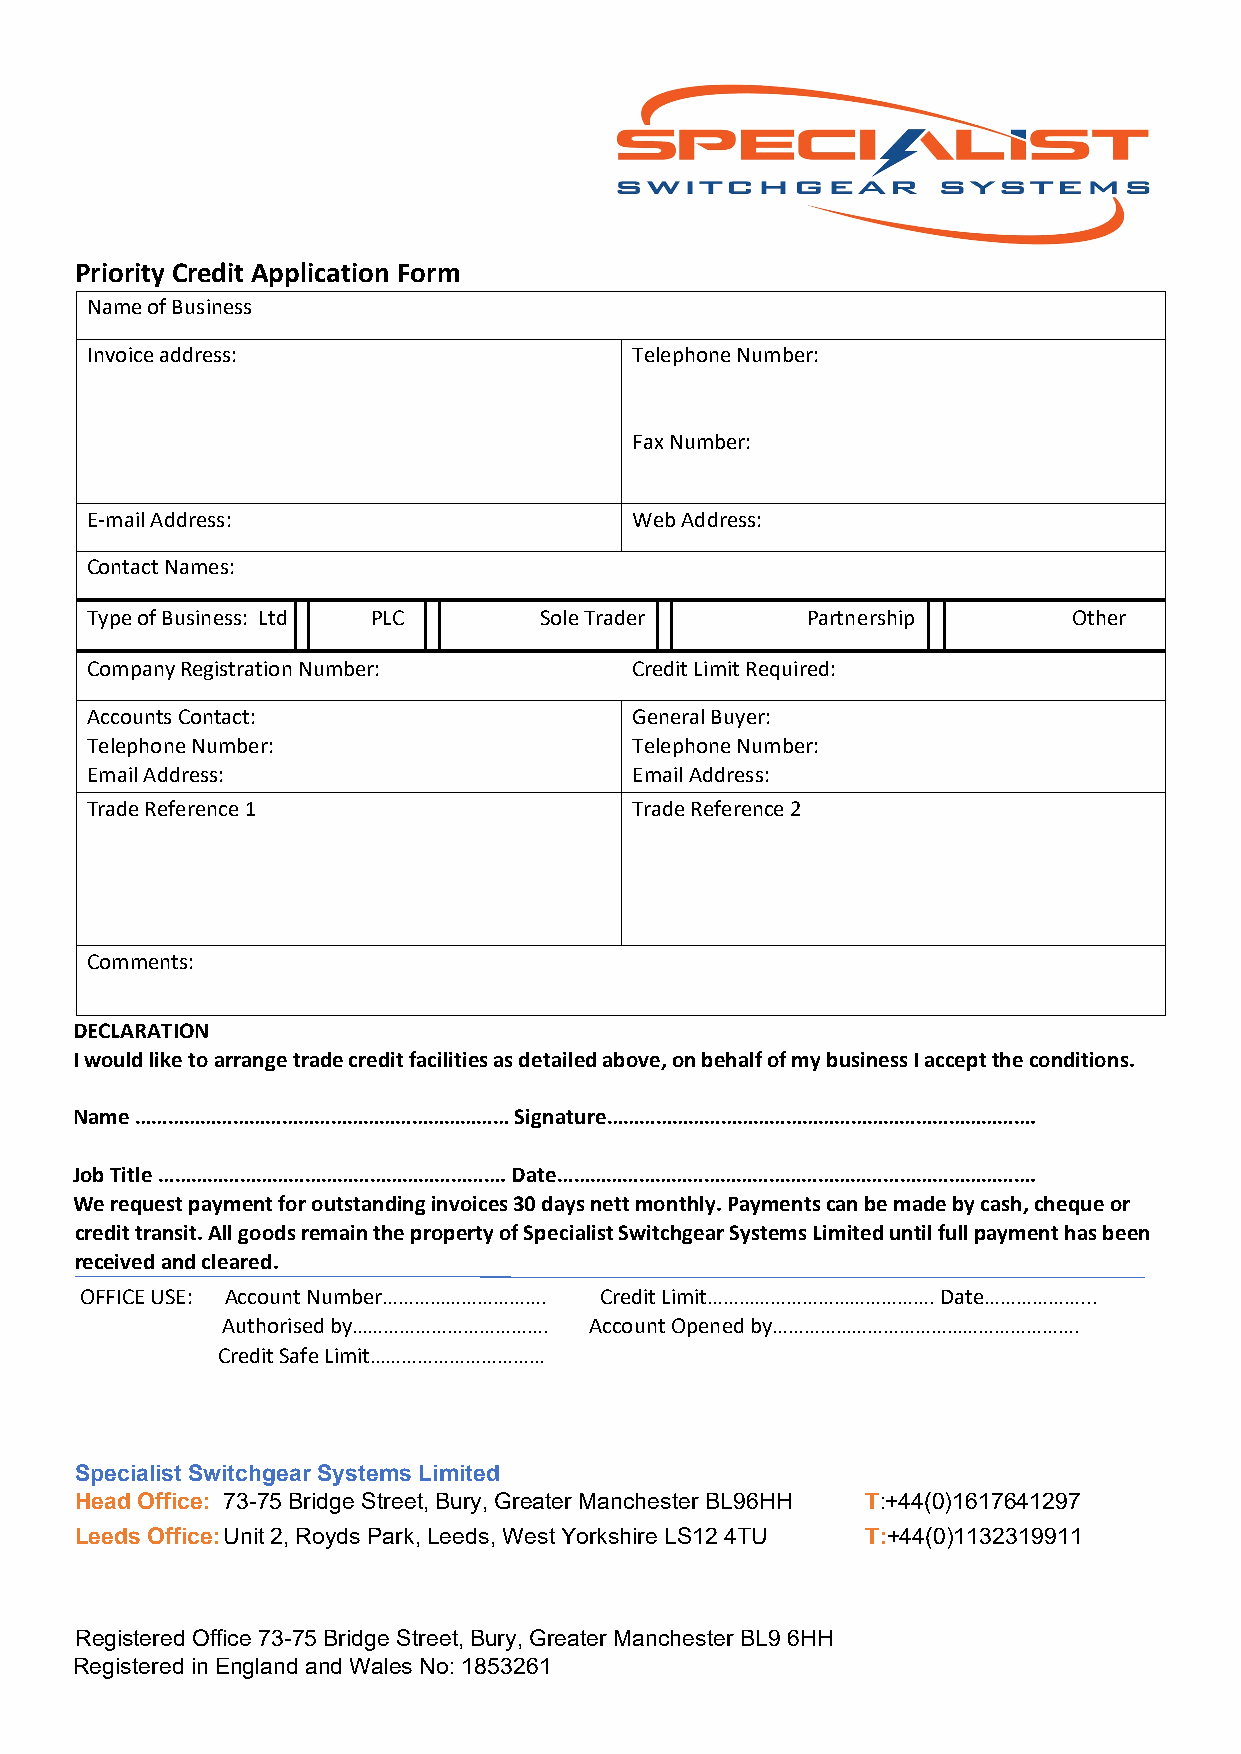
Priority Credit Application Form
 Name of Business
 Invoice address:                    Telephone Number:
 Fax Number:
 E-mail Address:                     Web Address:
 Contact Names:
 Type of Business: Ltd PLC     Sole Trader      Partnership       Other
 Company Registration Number:        Credit Limit Required:
 Accounts Contact:                   General Buyer:
 Telephone Number:                   Telephone Number:
 Email Address:                      Email Address:
 Trade Reference 1                   Trade Reference 2
 Comments:
 DECLARATION
 I would like to arrange trade credit facilities as detailed above, on behalf of my business I accept the conditions.
 Name …………………………………………………………… Signature…………………………………………………………………….
 Job Title ………………………………………………………. Date…………………………………………………………………………….
 We request payment for outstanding invoices 30 days nett monthly. Payments can be made by cash, cheque or
 credit transit. All goods remain the property of Specialist Switchgear Systems Limited until full payment has been
 received and cleared.
 OFFICE USE: Account Number…………………………. Credit Limit……………………………………. Date………………...
 Authorised by………………………………. Account Opened by………………………………………………….
 Credit Safe Limit……………………………
 Specialist Switchgear Systems Limited
 Head Office: 73-75 Bridge Street, Bury, Greater Manchester BL96HH T:+44(0)1617641297
 Leeds Office: U nit 2, Royds Park, Leeds, West Yorkshire LS12 4TU T:+44(0)1132319911
 Registered Office 73-75 Bridge Street, Bury, Greater Manchester BL9 6HH
 Registered in England and Wales No: 1853261